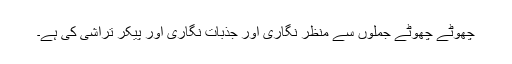
چھوٹے چھوٹے جملوں سے منظر نگاری اور جذبات نگاری اور پیکر تراشی کی ہے۔